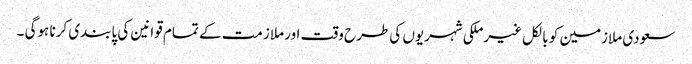
سعودی ملازمین کو بالکل غیرملکی شہریوں کی طرح وقت اور ملازمت کے تمام قوانین کی پابندی کرنا ہوگی ۔